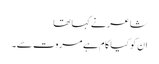
شاعر نے کہا تھا
ان کو کیا کام ہے مروت سے۔